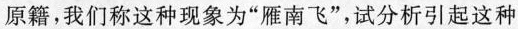
原籍，我们称这种现象为”雁南飞”，试分析引起这种